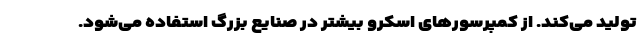
تولید می‌کند. از کمپرسورهای اسکرو بیشتر در صنایع بزرگ استفاده می‌شود.